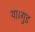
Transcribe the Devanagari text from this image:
था।गुड